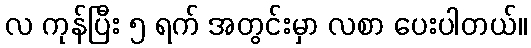
လ ကုန်ပြီး ၅ ရက် အတွင်းမှာ လစာ ပေးပါတယ်။